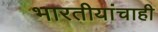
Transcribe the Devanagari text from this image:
भारतीयांचाही